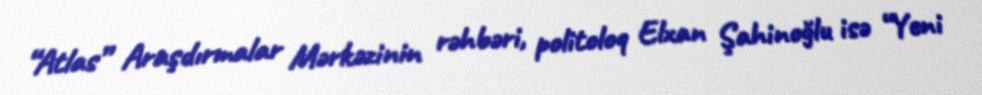
“Atlas” Araşdırmalar Mərkəzinin rəhbəri, politoloq Elxan Şahinoğlu isə “Yeni